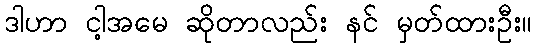
ဒါဟာ ငါ့အမေ ဆိုတာလည်း နင် မှတ်ထားဦး။